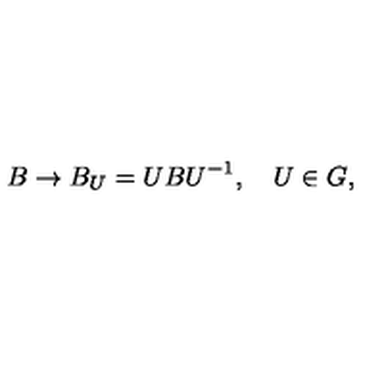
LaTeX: B \rightarrow B _ { U } = U B U ^ { - 1 } , \quad U \in G ,